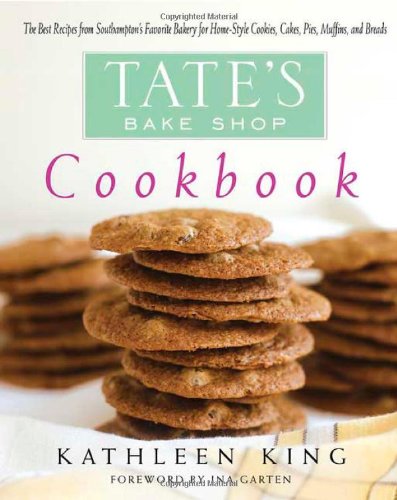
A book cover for Tate's Bake Shop Cookbook: The Best Recipes from Southampton's Favorite Bakery for Homestyle Cookies, Cakes, Pies, Muffins, and Breads; Kathleen King; Cookbooks, Food & Wine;